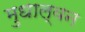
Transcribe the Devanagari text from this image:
मुधाल्वन